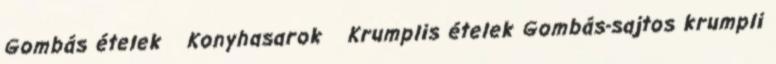
Gombás ételek Konyhasarok Krumplis ételek Gombás-sajtos krumpli